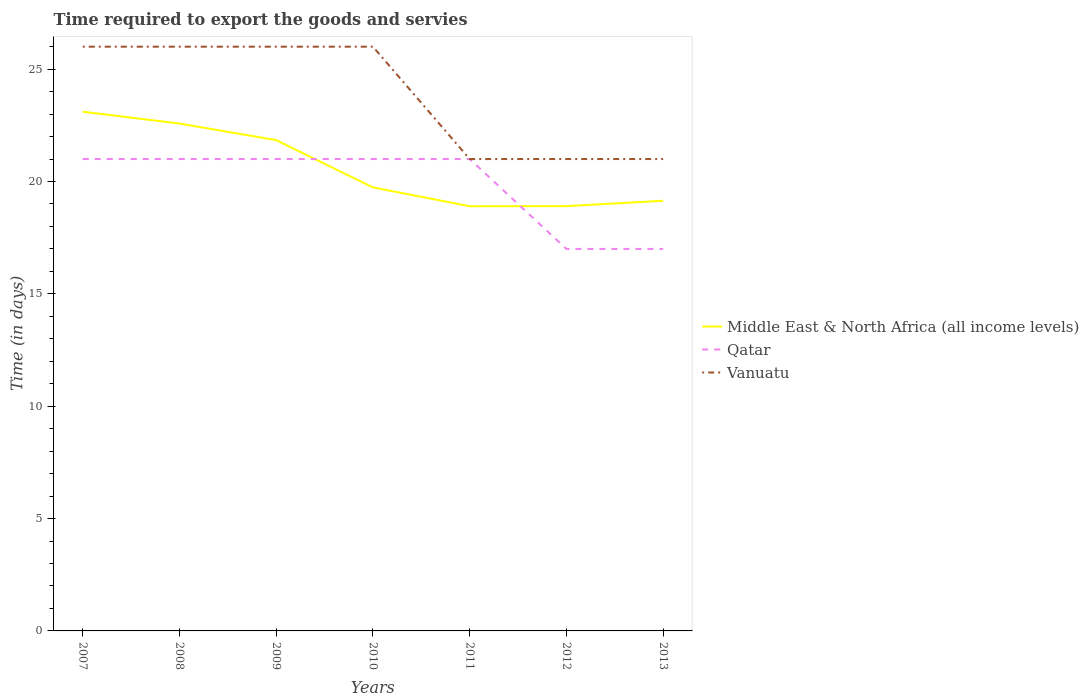
| Years | Middle East & North Africa (all income levels) | Qatar | Vanuatu |
 | --- | --- | --- | --- |
 | 2007 | 23.1 | 21 | 26 |
 | 2008 | 22.6 | 21 | 26 |
 | 2009 | 21.8 | 21 | 26 |
 | 2010 | 19.7 | 21 | 26 |
 | 2011 | 18.9 | 21 | 21 |
 | 2012 | 18.9 | 17 | 21 |
 | 2013 | 19.1 | 17 | 21 |